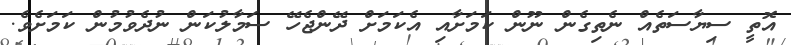
އޮތީ ސިޔާސަތެއް ނެތިގެން ނޫން ކަމަށާއި އެކަމަށް ދޭންޖެހޭ ސަމާލުކަން ނުދެވުމުން ކަމަށެވެ.